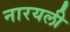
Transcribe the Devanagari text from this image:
नारयली